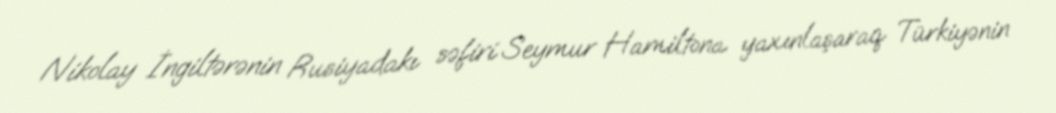
Nikolay İngiltərənin Rusiyadakı səfiri Seymur Hamiltona yaxınlaşaraq Türkiyənin